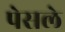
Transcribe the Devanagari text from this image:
पेसले